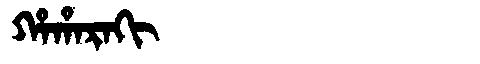
Manchu: ᡥᠠᡥᠠᡵᠠᡴᡳ
Romanization: HAHARAKI